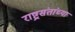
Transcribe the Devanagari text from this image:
राष्ट्रसंतांच्या